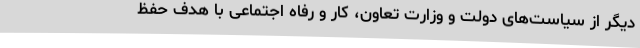
دیگر از سیاست‌های دولت و وزارت تعاون، کار و رفاه اجتماعی با هدف حفظ